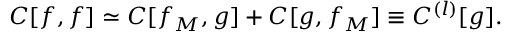
C [ f , f ] \simeq C [ f _ { M } , g ] + C [ g , f _ { M } ] \equiv C ^ { ( l ) } [ g ] .